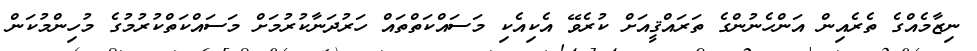
ނިޒާމެއްގެ ތެރެއިން އަންހެނުންގެ ތަރައްޤީއަށް ކުރެވޭ އެކިއެކި މަސައްކަތްތައް ހަރުދަނާކުރުމަށް މަސައްކަތްކުރުމުގެ މުހިންމުކަން